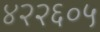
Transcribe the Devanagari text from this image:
४२२६०५